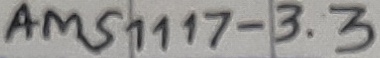
Text: AMS1117-3.3